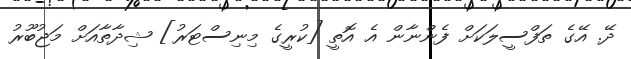
ދޭ. އޭގެ ތަފްސީލަކަށް ފެންނާން އެ އޮތީ [ކުރީގެ މިނިސްޓަރު] ޝިދާތާއަށް މަޖުބޫރު